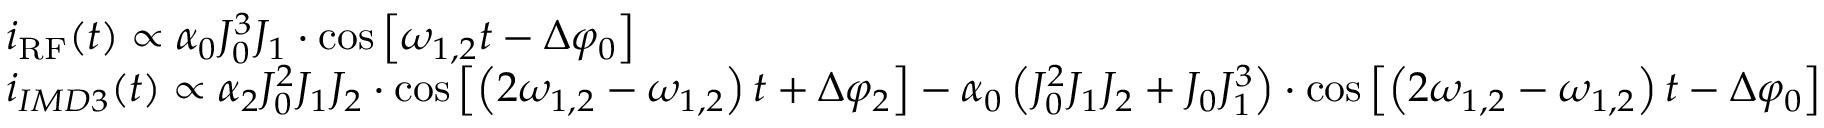
\begin{array} { r l } & { i _ { \mathrm { R F } } ( t ) \propto \alpha _ { 0 } J _ { 0 } ^ { 3 } J _ { 1 } \cdot \cos \left[ \omega _ { 1 , 2 } t - \Delta \varphi _ { 0 } \right] } \\ & { i _ { I M D 3 } ( t ) \propto \alpha _ { 2 } J _ { 0 } ^ { 2 } J _ { 1 } J _ { 2 } \cdot \cos \left[ \left( 2 \omega _ { 1 , 2 } - \omega _ { 1 , 2 } \right) t + \Delta \varphi _ { 2 } \right] - \alpha _ { 0 } \left( J _ { 0 } ^ { 2 } J _ { 1 } J _ { 2 } + J _ { 0 } J _ { 1 } ^ { 3 } \right) \cdot \cos \left[ \left( 2 \omega _ { 1 , 2 } - \omega _ { 1 , 2 } \right) t - \Delta \varphi _ { 0 } \right] } \end{array}